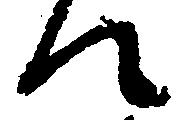
て